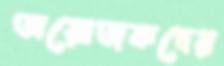
অয়োজকদের